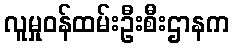
လူမှုဝန်ထမ်းဦးစီးဌာနက